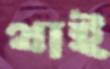
থাই